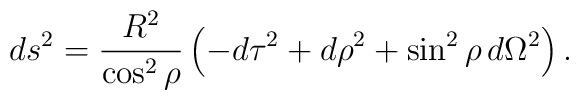
ds^2 = \frac{R^2}{\cos^2{\rho}} \left(-d\tau^2 + d\rho^2 + \sin^2{\rho} \, d\Omega^2\right).